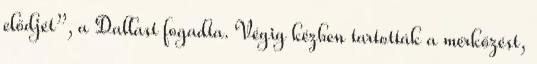
elődjét”, a Dallast fogadta. Végig kézben tartották a mérkőzést,